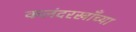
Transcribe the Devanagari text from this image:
कलंदरखाँच्या